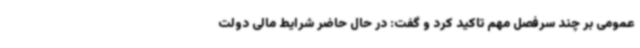
عمومی بر چند سرفصل مهم تاکید کرد و گفت: در حال حاضر شرایط مالی دولت